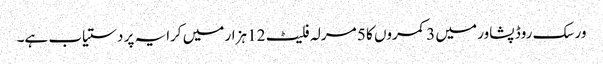
ورسک روڈ پشاور میں 3 کمروں کا 5 مرلہ فلیٹ 12 ہزار میں کرایہ پر دستیاب ہے۔